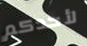
لأحدكم